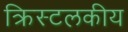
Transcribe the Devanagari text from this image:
क्रिस्टलकीय